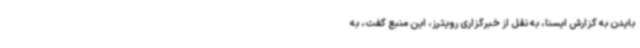
بایدن به گزارش ایسنا، به نقل از خبرگزاری رویترز، این منبع گفت، به